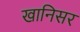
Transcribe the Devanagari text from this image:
खानिसर